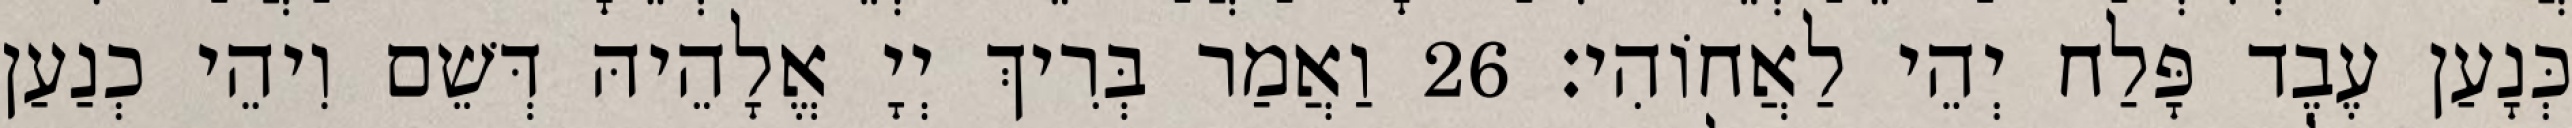
כְּנָעַן עֶבֶד פָּלַח יְהֵי לַאֲחוֹהִי׃ 26 וַאֲמַר בְּרִיךְ יְיָ אֱלָהֵיהּ דְּשֵׁם וִיהֵי כְנַעַן